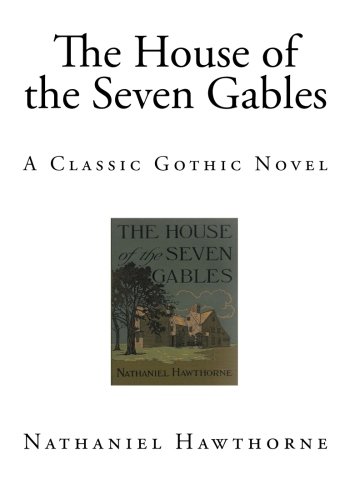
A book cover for The House of the Seven Gables: A Classic Gothic Novel; Nathaniel Hawthorne; Literature & Fiction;